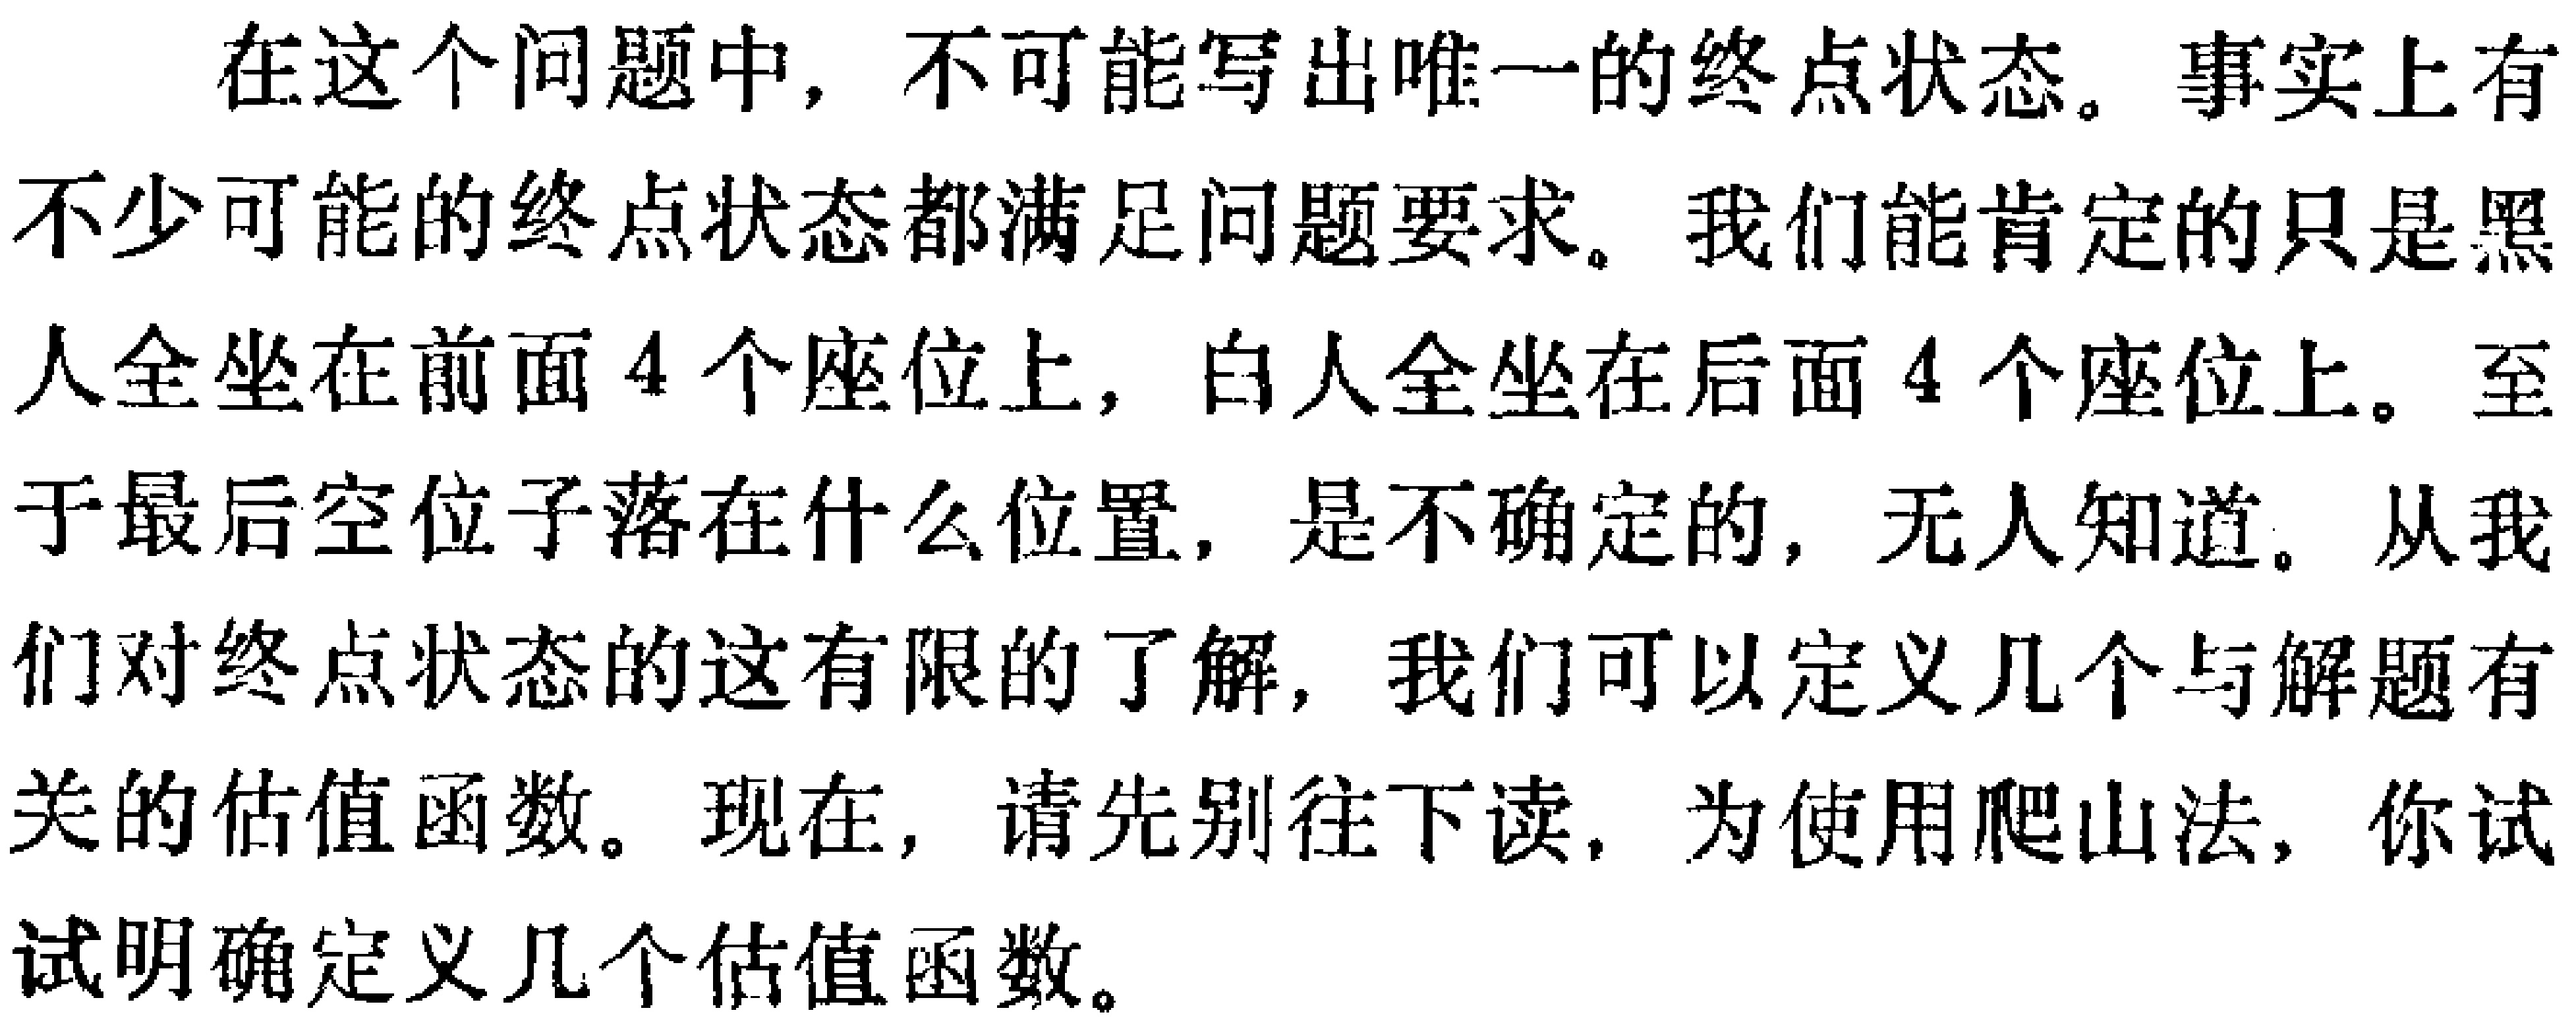
在这个问题中，不可能写出唯一的终点状态。事实上有不少可能的终点状态都满足问题要求。我们能肯定的只是黑人全坐在前面4个座位上，白人全坐在后面4个座位上。至于最后空位子落在什么位置，是不确定的，无人知道。从我们对终点状态的这有限的了解，我们可以定义几个与解题有关的估值函数。现在，请先别往下读，为使用爬山法，你试试明确定义几个估值函数。